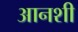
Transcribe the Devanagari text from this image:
आनशी